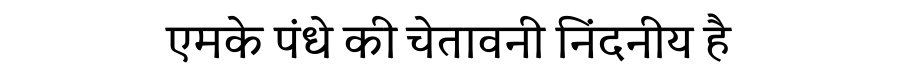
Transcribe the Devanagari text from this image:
एमके पंधे की चेतावनी निंदनीय है